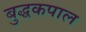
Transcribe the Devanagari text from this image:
बुद्धकपाल